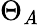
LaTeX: \Theta_{\mathit{A}}